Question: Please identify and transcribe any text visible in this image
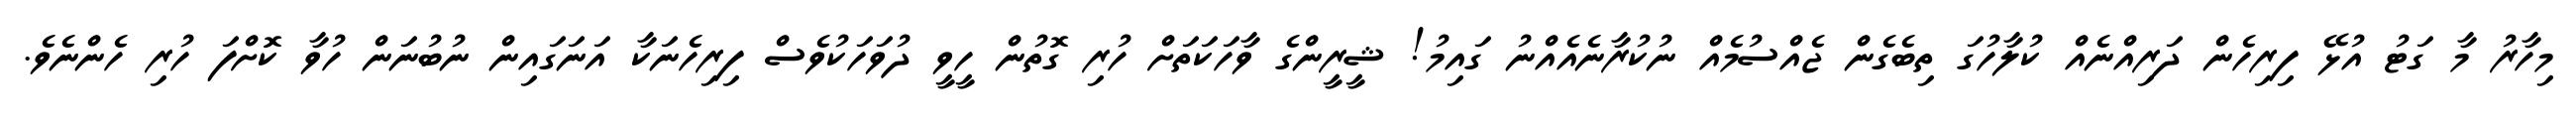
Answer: މިހާރު މާ ގަޓު އުޅޭ ފިރިހެން ދަރިއްނެއް ކުލާހުގަ ތިބެގެން ޖެއްސުމެއް ނުކުރާނެއެއްނު ގައިމު! ޝީރީންގެ ވާހަކަތަށް ހުރި ގޮތުން ހީވީ ދުވަހަކުވެސް ފިރިހެނަކާ އަނަގައިން ނުބުނަން ހުވާ ކޮށްފަ ހުރި ހެންނެވެ.